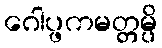
ဂေါပ္ဖကမတ္တမ္ပိ